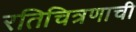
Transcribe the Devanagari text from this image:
रतिचित्रणाची